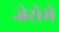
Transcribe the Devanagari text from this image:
जेरोमे